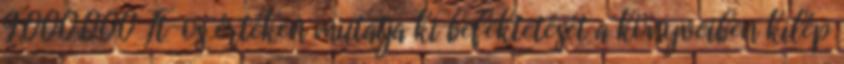
9.000.000 Ft-os értéken mutatja ki befektetését a könyveiben kilép